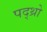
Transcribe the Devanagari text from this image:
पद्थ्रो